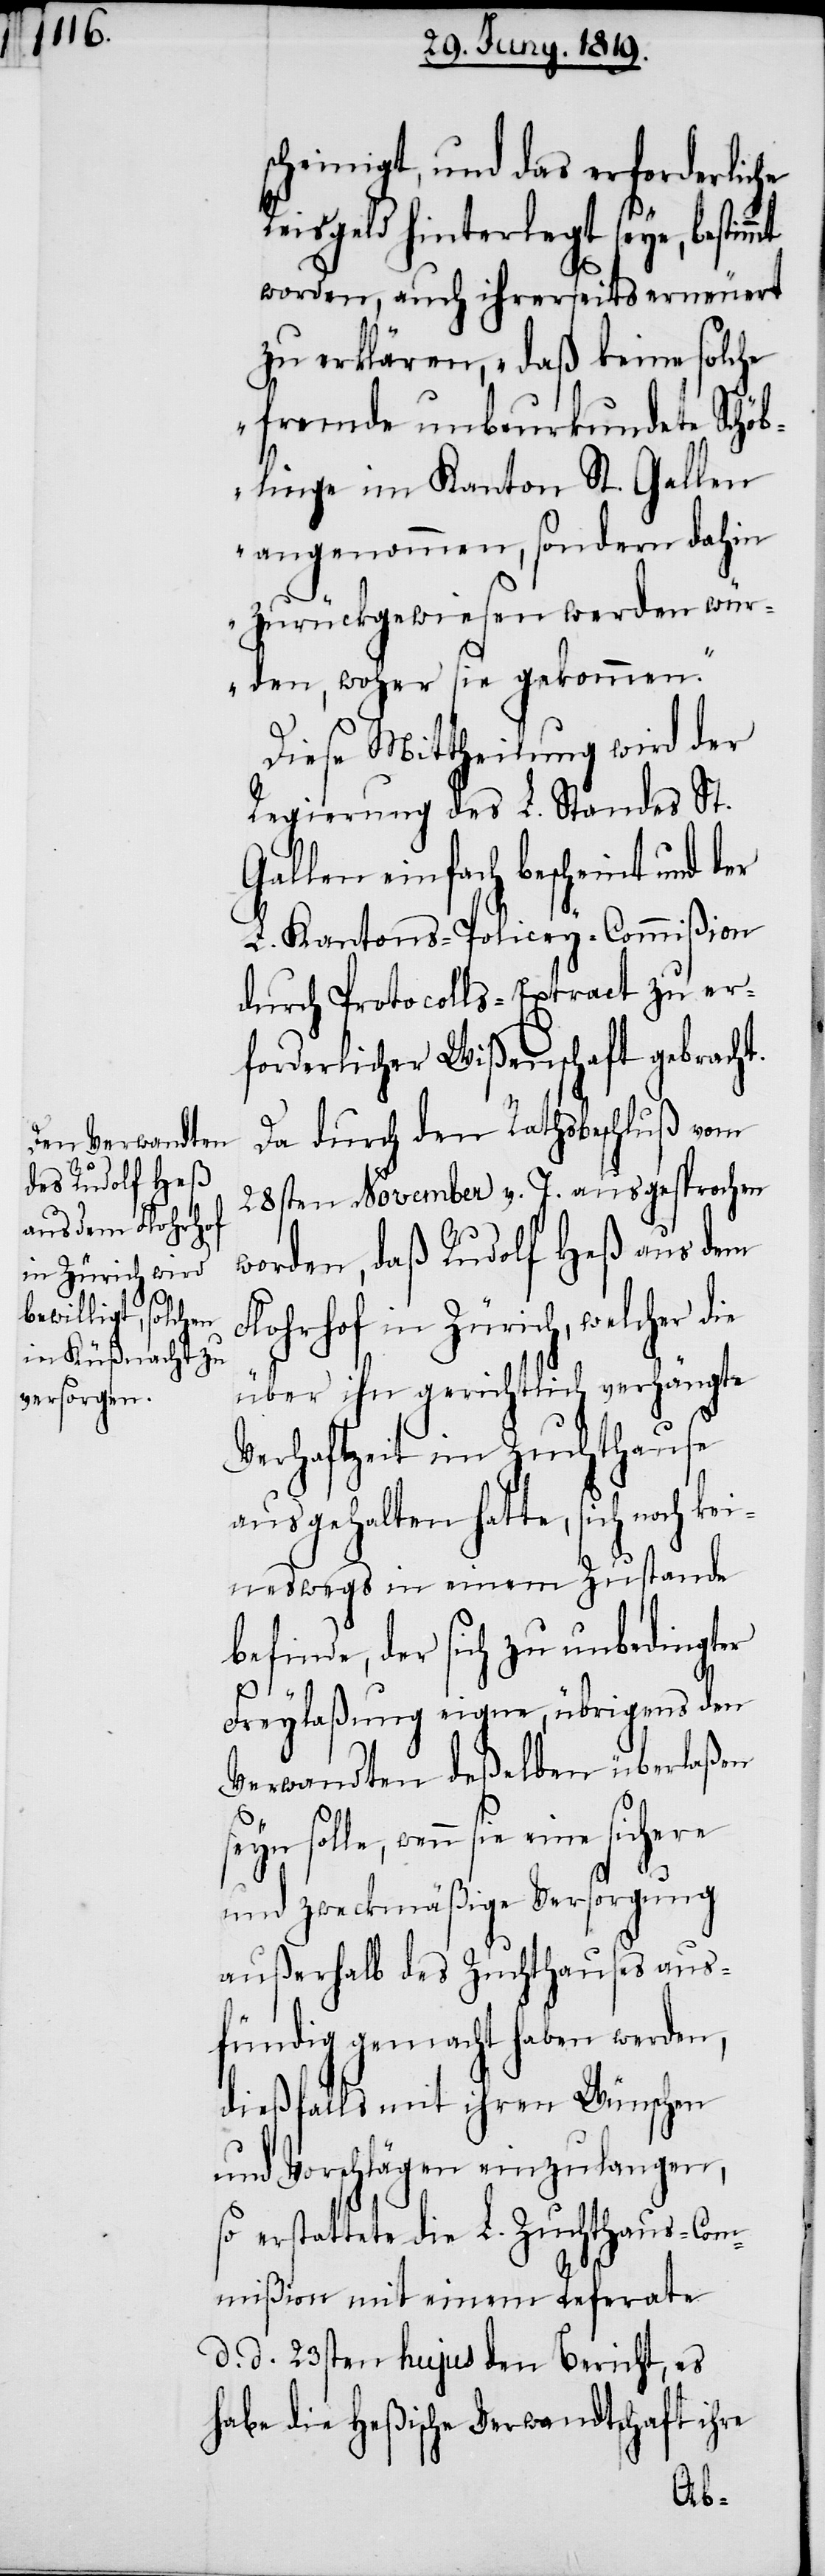
scheinigt, und das erforderliche
Reisgeld hinterlegt seye, bestim¬
worden, auch ihrerseits erneuert
zu erklären, „daß keine solche
fremde unbeurkundete Schöb¬
linge im Kanton St. Gallen
angenommen, sondern dahin
zurückgewiesen werden wür¬
den, woher sie gekommen.“
Diese Mittheilung wird der
Regierung des L. Standes. St.
Gallen einfach bescheint und der
L. Kantons-Policey-Commißion
durch Protocolls-Extract zu er¬
forderlicher Wißenschaft gebracht.
Da durch den Rathsbeschluß vom
28sten November v. J. ausgesprochen
worden, daß Rudolf Heß aus dem
ohrhof in Zürich, welcher
über ihn gerichtlich verhängte
Verhaftzeit im Zuchthause
ausgehalten hatte, sich noch k¬
eineswegs in einem Zustande
befinde, der sich zu unbedingter
Freylaßung eigne, übrigens den
Verwandten deßelben überlaßen
seyn solle, wenn sie eine
und zweckmäßige Versorgung
außerhalb des Zuchthauses aus¬
fündig gemacht haben werden,
dießfalls mit ihren Wünschen
und Vorschlägen einzulangen,
so erstattete die L. Zuchthaus-Com¬
mißion mit einem Referate
d. d. 23sten hujus den Bericht, es
habe die Heßische Verwandtschaft ihre
Fl¬